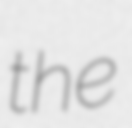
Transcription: the